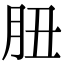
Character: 䏔